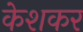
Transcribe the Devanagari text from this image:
केशकर